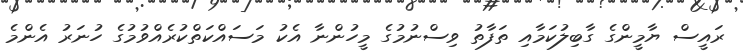
ރައީސް ޔާމީންގެ ގާބިލުކަމާއި ތަފާތު ވިސްނުމުގެ މީހުންނާ އެކު މަސައްކަތްކުރެއްވުމުގެ ހުނަރު އެންމެ